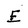
Character: E